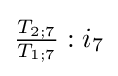
{\tfrac {T_{2;7}}{T_{1;7}}}:{i_{7}}